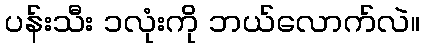
ပန်းသီး ၁လုံးကို ဘယ်လောက်လဲ။